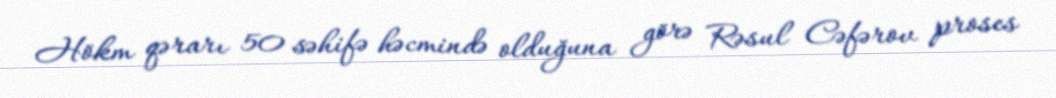
Hökm qərarı 50 səhifə həcmində olduğuna görə Rəsul Cəfərov proses